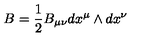
B = \frac { 1 } { 2 } B _ { \mu \nu } d x ^ { \mu } \wedge d x ^ { \nu }